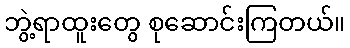
ဘွဲ့ရာထူးတွေ စုဆောင်းကြတယ်။